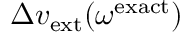
\Delta v _ { \mathrm { e x t } } ( \omega ^ { \mathrm { e x a c t } } )